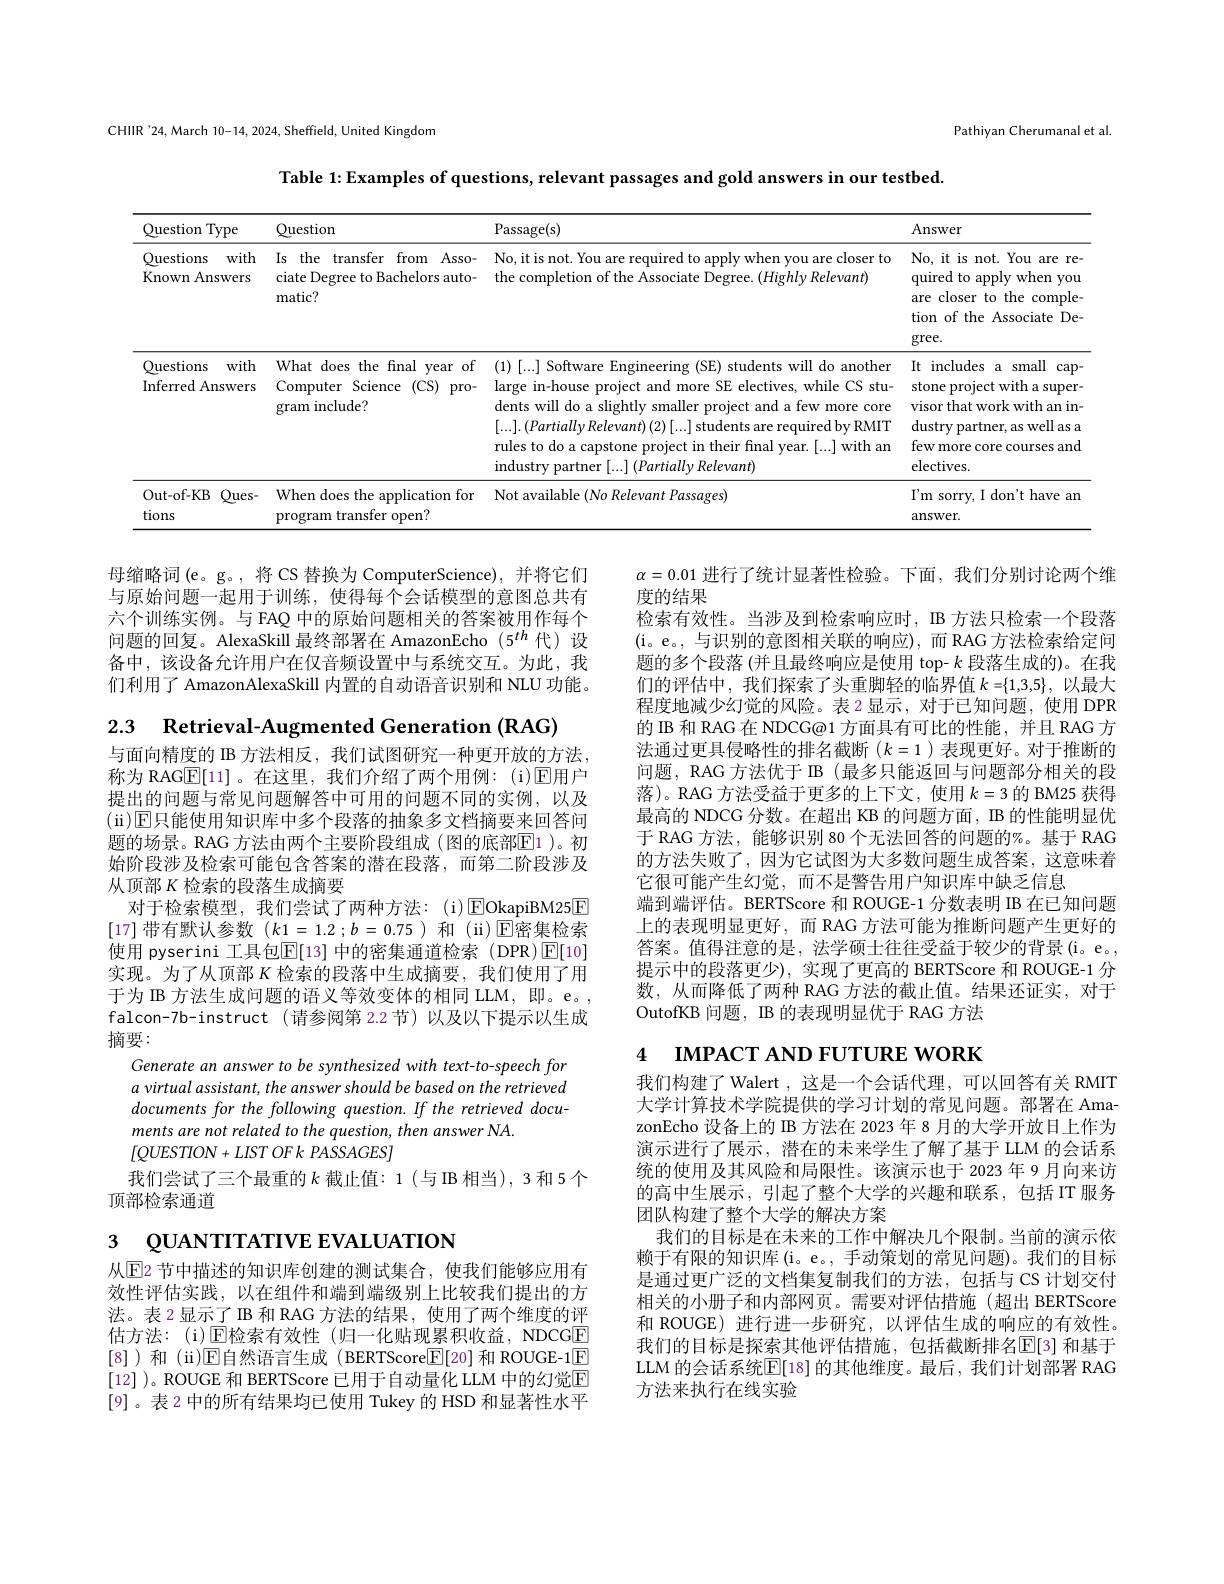
Pathiyan Cherumanal et al.

CHIIR'24,March 10-14, 2024, Sheffield, United Kingdom

Table 1: Examples of questions, relevant passages and gold answers in our testbed

<table>
	<tbody>
		<tr>
			<th>Ouestion Type</th>
			<th>Question</th>
			<th>Passage(s)</th>
			<th>Answer</th>
		</tr>
		<tr>
			<td>Questions with Known Answers</td>
			<td>Is the transfer from Asso- ciate Degree to Bachelors auto- matic?</td>
			<td>No, it is not. You are required to apply when you are closer to the completion of the Associate Degree. $(HighlyRelevant)$</td>
			<td>No, it is not. You 1 are $\because$re quired to apply when you are closer to the comple tion of the Associate De- gree. </td>
		</tr>
		<tr>
			<td>Questions with Inferred Answers</td>
			<td>What does the final year of Computer Science (CS) pro- gram include?</td>
			<td>(1)[...] Software Engineering (SE) students will do another large in-house project and more SE electives, while CS stu- dents will do a slightly smaller project and a few more core $[...].\left(Partially\textit{Relevant}\right)(2)\left[...\right]$students are required by RMIT rules to do a capstone project in their final year. [...] with an industry partner [ . . . ] ( Partially Relevant) </td>
			<td>It includes a small $\operatorname{cap}$ stone project with a super visor that work with an in dustry partner, as well as a few more core courses and electives.</td>
		</tr>
		<tr>
			<td>Out- of- KB $Ques-$ tions</td>
			<td>When does the application for program transfer open?</td>
			<td>Not available (No Relevant Passages)</td>
			<td>$I^{\prime }$m sorry, I do$n^{\prime }$t have an answer.</td>
		</tr>
	</tbody>
</table>

母缩略词(e。g。,将 CS 替换为 ComputerScience),并将它们与原始问题一起用于训练，使得每个会话模型的意图总共有六个训练实例。与 FAQ 中的原始问题相关的答案被用作每个问题的回复。AlexaSkill 最终部署在 AmazonEcho(5$^{th}$代)设备中，该设备允许用户在仅音频设置中与系统交互。为此，我们利用了 AmazonAlexaSkill 内置的自动语音识别和 NLU 功能。

2.3 Retrieval-Augmented Generation (RAG)

$\alpha=0.01$进行了统计显著性检验。下面，我们分别讨论两个维
度的结果
检索有效性。当涉及到检索响应时，B 方法只检索一个段落(i。e。,与识别的意图相关联的响应), 而 RAG 方法检索给定问题的多个段落 (并且最终响应是使用 top- $k$段落生成的)。在我们的评估中，我们探索了头重脚轻的临界值$k=\{1,3,5\}$,以最大程度地减少幻觉的风险。表 2 显示，对于已知问题，使用 DPR 的 IB 和 RAG 在 NDCG@1 方面具有可比的性能，并且 RAG 方法通过更具侵略性的排名截断($k=1$)表现更好。对于推断的问题，RAG 方法优于 IB (最多只能返回与问题部分相关的段落)。RAG 方法受益于更多的上下文，使用$k=3$的 BM25 获得最高的 NDCG 分数。在超出 KB 的问题方面 , IB 的性能明显优于 RAG 方法，能够识别 80 个无法回答的问题的%。基于 RAG 的方法失败了，因为它试图为大多数问题生成答案，这意味着它很可能产生幻觉，而不是警告用户知识库中缺乏信息
端到端评估。BERTScore 和 ROUGE-1 分数表明 IB 在已知问题上的表现明显更好，而 RAG 方法可能为推断问题产生更好的答案。值得注意的是，法学硕士往往受益于较少的背景(i。e。, 提示中的段落更少), 实现了更高的 BERTScore 和 ROUGE-1 分数，从而降低了两种 RAG 方法的截止值。结果还证实，对于OutofKB 问题，IB 的表现明显优于 RAG 方法

与面向精度的 IB 方法相反，我们试图研究一种更开放的方法， 称为 RAG$\underline{\mathrm{E}}[11]$。在这里，我们介绍了两个用例：(i)☑用户提出的问题与常见问题解答中可用的问题不同的实例，以及(ii)☑曰能使用知识库中多个段落的抽象多文档摘要来回答问题的场景。RAG 方法由两个主要阶段组成 (图的底部$\overline{\mathrm{E}}$1 )。初始阶段涉及检索可能包含答案的潜在段落，而第二阶段涉及从顶部$K$检索的段落生成摘要
对于检索模型，我们尝试了两种方法：(i)$\overline{\mathrm{EOkapiBM25}}$E [17]带有默认参数$(k1=1.2;b=0.75)$和 (ii)$\mathbb{E}$密集检索使用 pyserini 工具包$\mathbb{E}[13]$ 中的密集通道检索 (DPR)$\boxed{\mathbb{E}}[10]$ 实现。为了从顶部$K$检索的段落中生成摘要，我们使用了用于为 IB 方法生成问题的语义等效变体的相同 LLM, 即。e。, falcon-7b-instruct (请参阅第2.2节)以及以下提示以生成摘要：
Generate an answer to be synthesized with text-to-speech for a virtual assistant, the answer should be based on the retrieved documents for the following question. If the retrieved documents are not related to the question, then answer NA.
$[QUESTION+LISTOFkPASSAGES]$
我们尝试了三个最重的$k$ 截止值：1(与IB 相当),3和5个
顶部检索通道

4 IМРАСТ АND FUTURE WORK

我们构建了 Walert ,这是一个会话代理，可以回答有关 RMIT 大学计算技术学院提供的学习计划的常见问题。部署在 AmazonEcho 设备上的 IB 方法在 2023 年 8 月的大学开放日上作为演示进行了展示，潜在的未来学生了解了基于 LLM 的会话系统的使用及其风险和局限性。该演示也于 2023 年 9 月向来访的高中生展示 ,引起了整个大学的兴趣和联系，包括 IT 服务团队构建了整个大学的解决方案
我们的目标是在未来的工作中解决几个限制。当前的演示依赖于有限的知识库(i。e。, 手动策划的常见问题)。我们的目标是通过更广泛的文档集复制我们的方法，包括与 CS 计划交付相关的小册子和内部网页。需要对评估措施(超出 BERTScore 和 ROUGE) 进行进一步研究，以评估生成的响应的有效性。我们的目标是探索其他评估措施，包括截断排名$\mathbb{E}[3]$ 和基于LLM 的会话系统$\mathbb{E}[18]$ 的其他维度。最后，我们计划部署 RAG 方法来执行在线实验

# 3 QUANTITATIVE EVALUATION

从$\boxed{\mathrm{E}}$2 节中描述的知识库创建的测试集合，使我们能够应用有效性评估实践，以在组件和端到端级别上比较我们提出的方法。表 2显示了 IB 和 RAG 方法的结果，使用了两个维度的评估方法：(i)$\operatorname{E\text{检索有效性(归一化贴现累积收益，NDCGE}}$ [8])和 (ii)$\mathbb{E}$自然语言生成 (BERTScore$\boxed{\mathbb{F}}[20]$ 和 ROUGE-1$\boxed{\mathbb{E}}$ [12] )。ROUGE 和 BERTScore 已用于自动量化 LLM 中的幻觉$\mathbb{E}$ [9]。表 2 中的所有结果均已使用 Tukey 的 HSD 和显著性水平